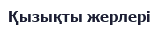
Қызықты жерлері